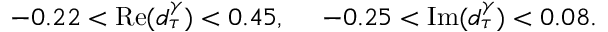
- 0 . 2 2 < \mathrm { R e } ( d _ { \tau } ^ { \gamma } ) < 0 . 4 5 , \ \ \ \ - 0 . 2 5 < \mathrm { I m } ( d _ { \tau } ^ { \gamma } ) < 0 . 0 8 .